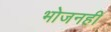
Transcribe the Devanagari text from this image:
भोजनही